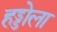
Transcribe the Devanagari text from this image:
हड्डोला